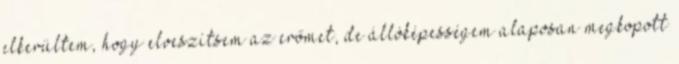
elkerültem, hogy elveszítsem az erőmet, de állóképességem alaposan megkopott